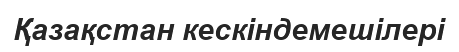
Қазақстан кескіндемешілері